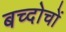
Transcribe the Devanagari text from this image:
बच्दोचों